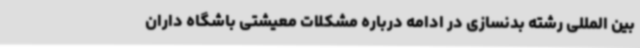
بین المللی رشته بدنسازی در ادامه درباره مشکلات معیشتی باشگاه داران